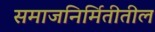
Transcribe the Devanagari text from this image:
समाजनिर्मितीतील